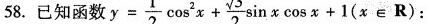
58.已知函数 $$y= \frac{1}{2} \cos ^{2}x+ \frac{ \sqrt{3}}{2} \sin x \cos x+1(x$$ εR)：